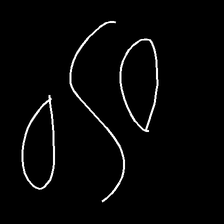
Glyph: water